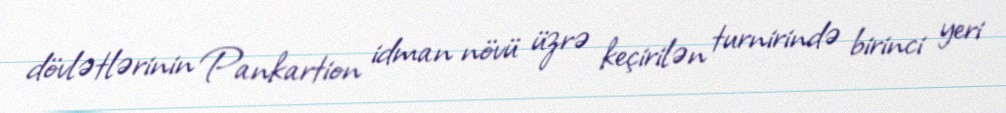
dövlətlərinin Pankartion idman növü üzrə keçirilən turnirində birinci yeri